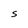
Character: S